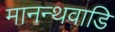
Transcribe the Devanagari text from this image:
मानन्थवाडि